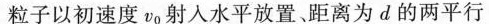
粒子以初速度v_{0}射入水平放置、距离为d的两平行